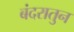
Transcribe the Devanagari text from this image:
बंदरातुन